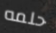
حلمه